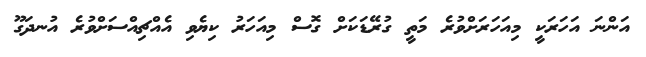
އަންނަ އަހަރަކީ މިއަހަރަށްވުރެ މަތީ ގުރޭޑަކަށް ގޮސް މިއަހަރު ކިޔެވި އެއްޗިއްސަށްވުރެ އުނދަގޫ